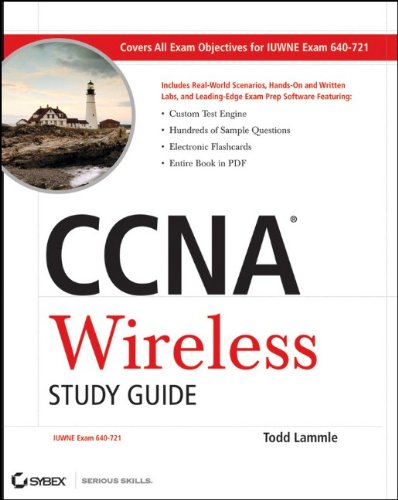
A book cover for CCNA Wireless Study Guide: IUWNE Exam 640-721; Todd Lammle; Computers & Technology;